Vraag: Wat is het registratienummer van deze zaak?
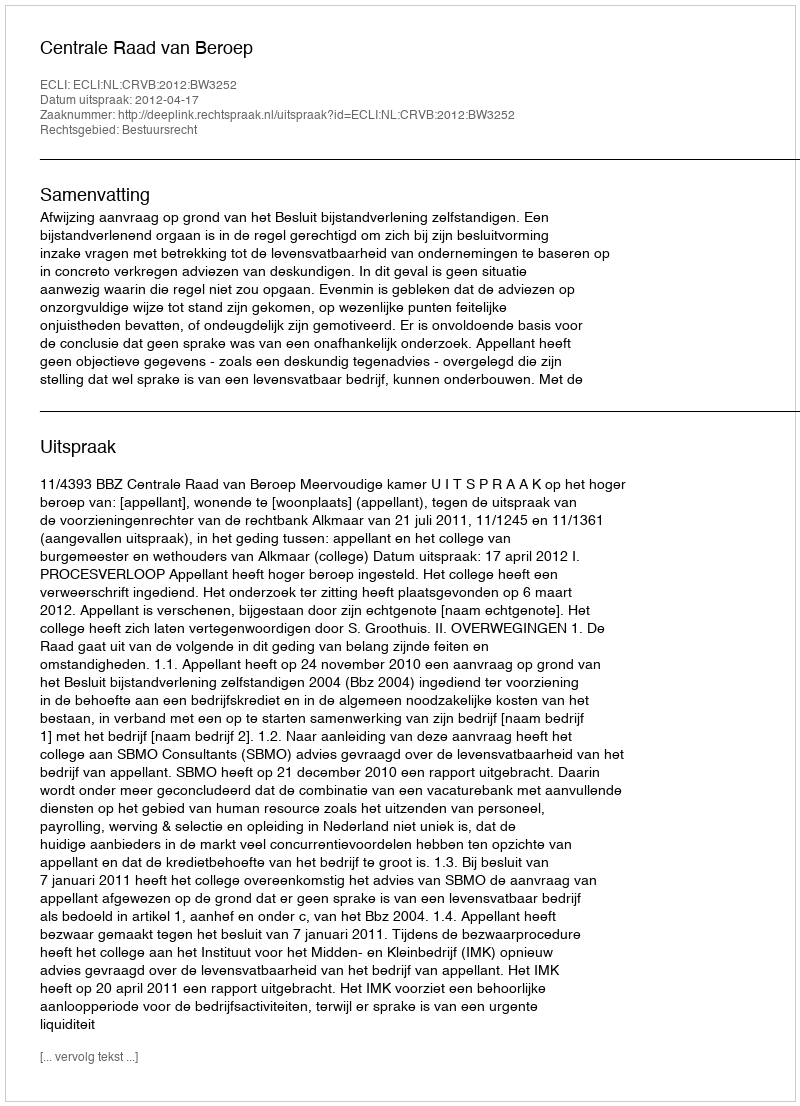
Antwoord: http://deeplink.rechtspraak.nl/uitspraak?id=ECLI:NL:CRVB:2012:BW3252